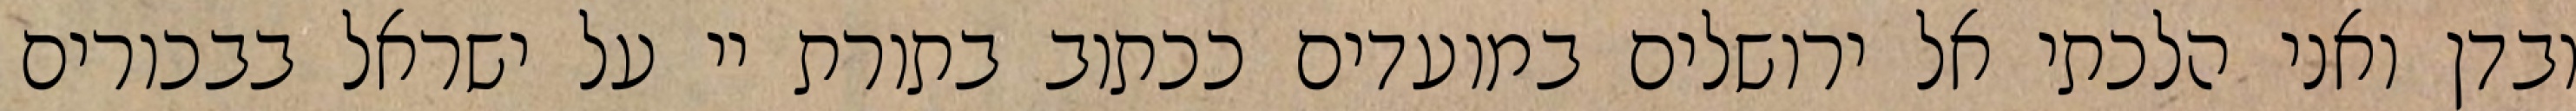
ובדן ואני הלכתי אל ירושלים במועדים ככתוב בתורת יי על ישראל בבכורים